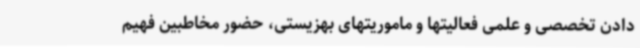
دادن تخصصی و علمی فعالیتها و ماموریتهای بهزیستی، حضور مخاطبین فهیم